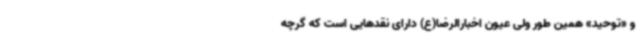
و «توحید» همین طور ولی عیون اخبارالرضا(ع) دارای نقدهایی است که گرچه